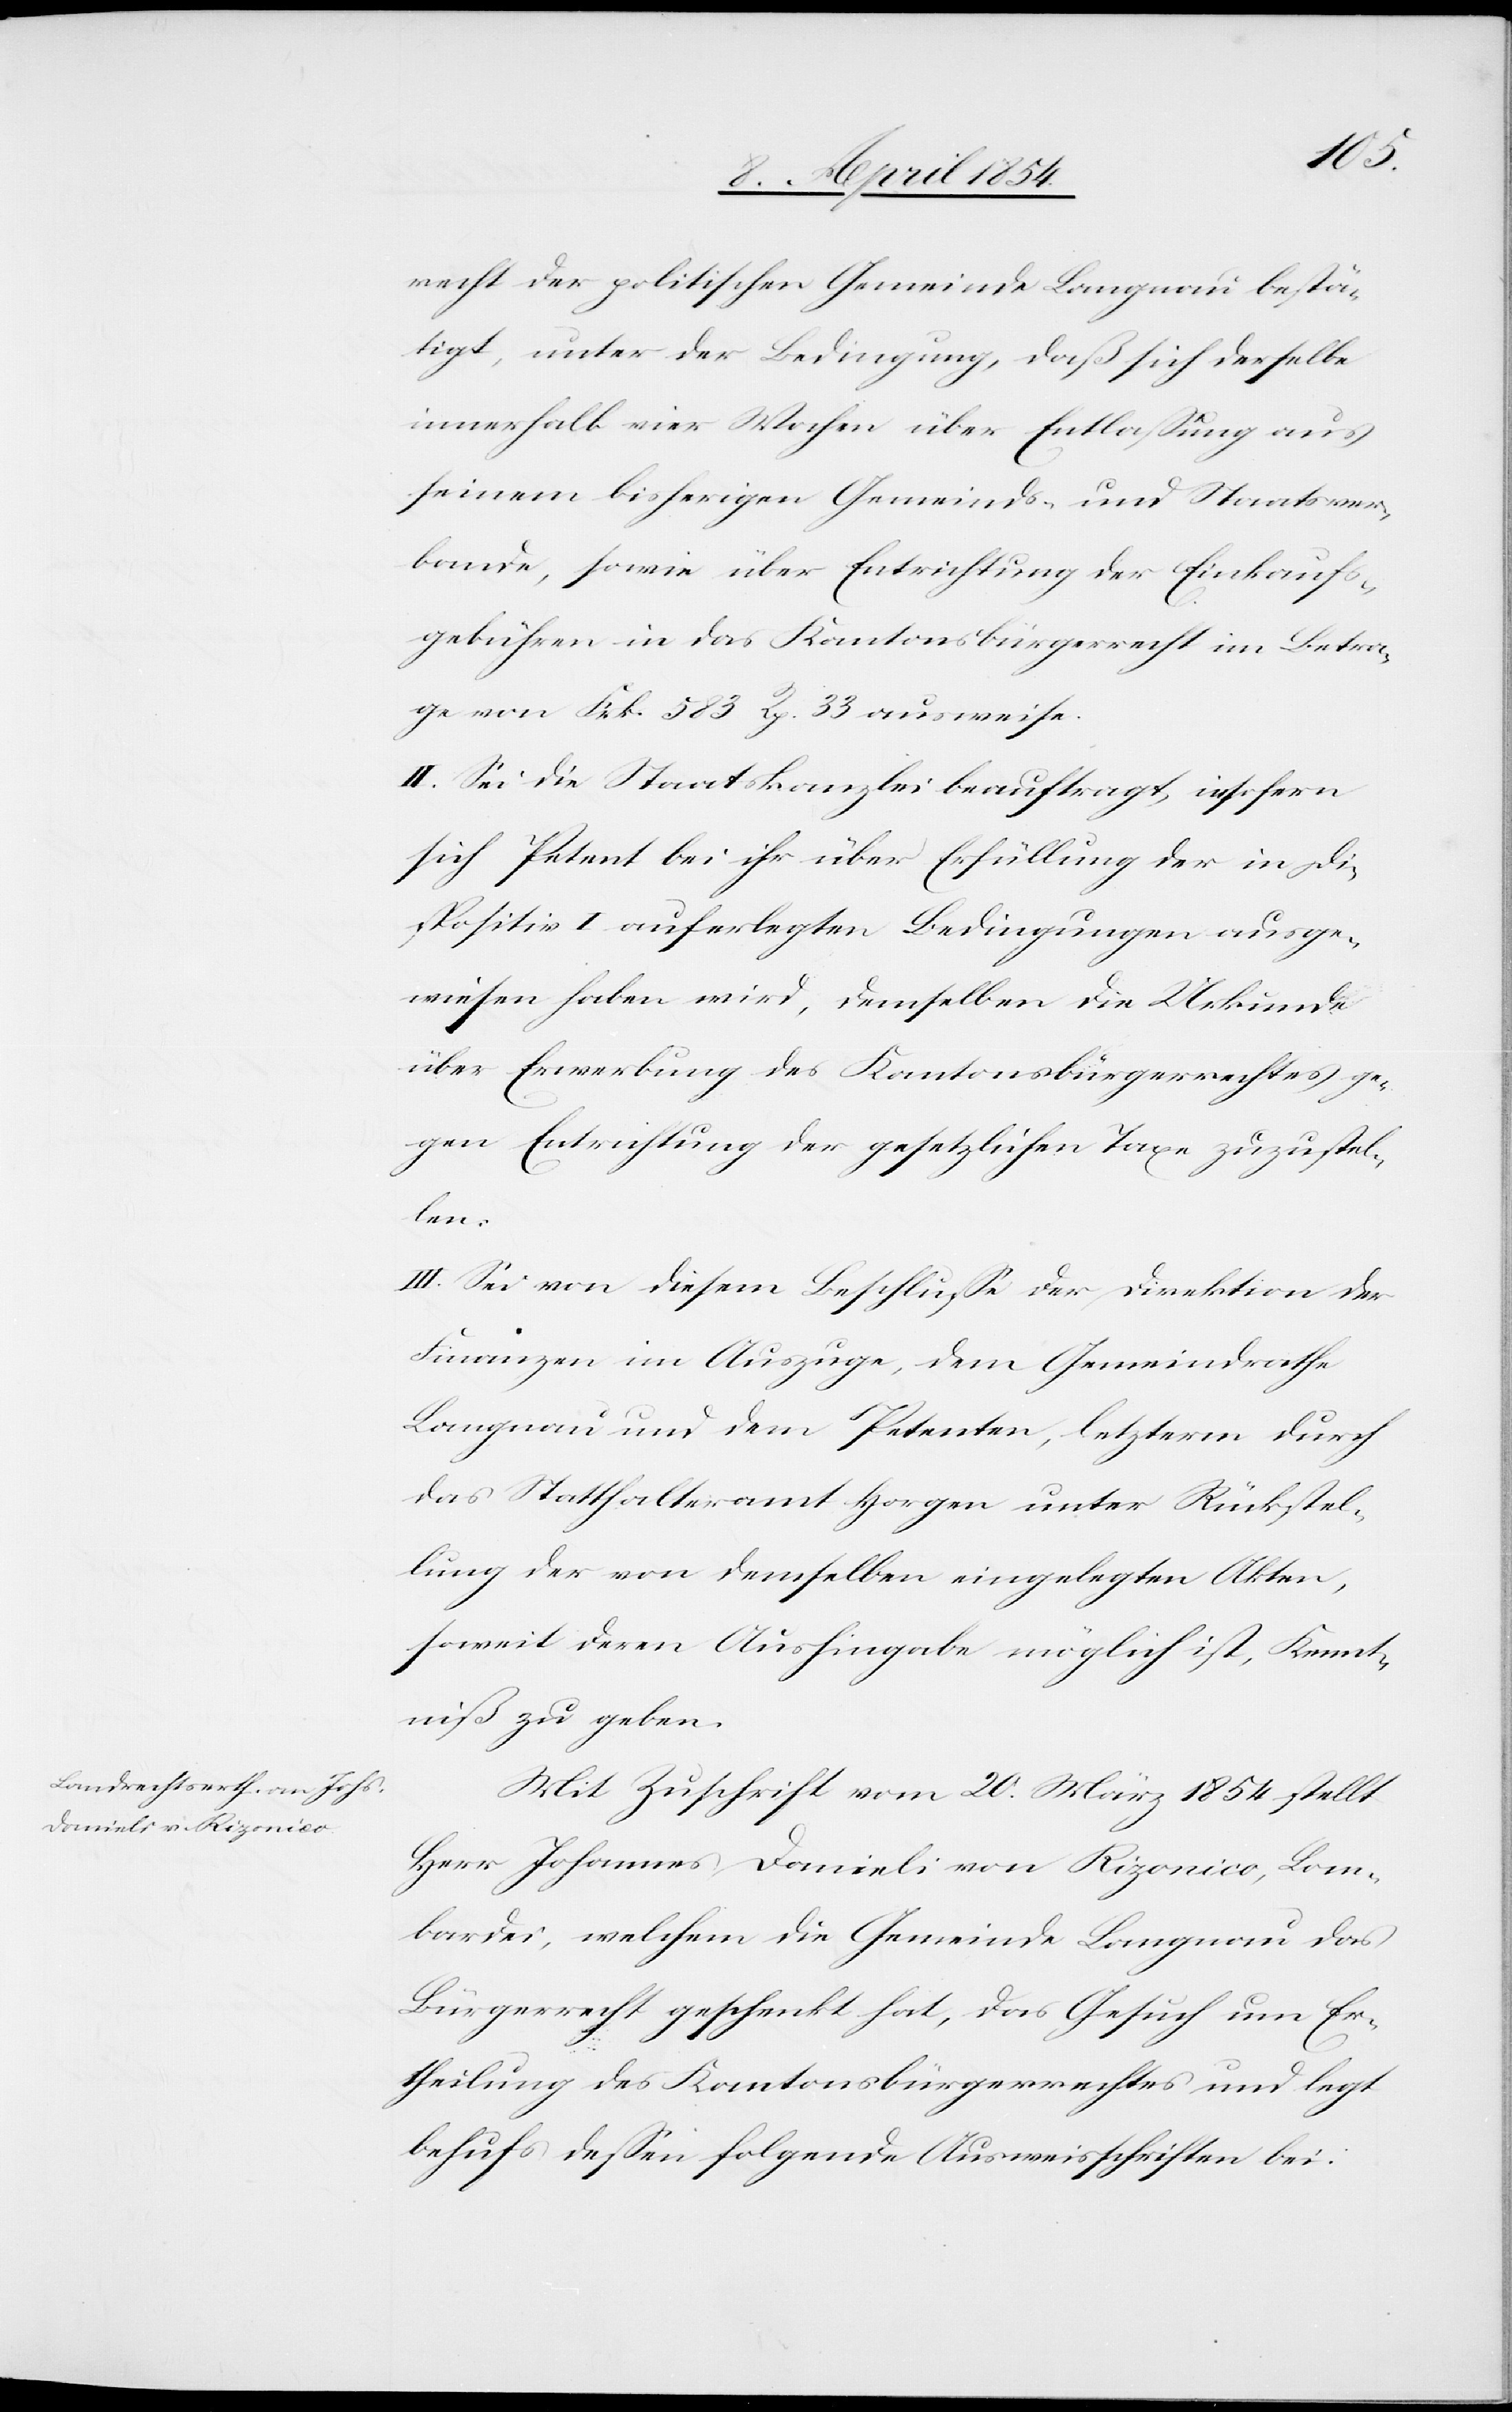
recht der politischen Gemeinde Langnau bestä¬
tigt, unter der Bedingung, daß sich derselbe
innerhalb vier Wochen über Entlaßung aus
seinem bisherigen Gemeinds- und Staatsver¬
bande, sowie über Entrichtung der Einkaufs¬
gebühren in das Kantonsbürgerrecht im Betra¬
ge von Frk. 583 Rp. 33 ausweise.
II. Sei die Staatskanzlei beauftragt, insofern
sich Petent bei ihr über Erfüllung der in Di¬
spositiv I auferlegten Bedingungen ausge¬
wiesen haben wird, demselben die Urkunde
über Erwerbung des Kantonsbürgerrechtes ge¬
gen Entrichtung der gesetzlichen Taxe zuzustel¬
bei.
III. Sei von diesem Beschluße der Direktion der
Finanzen im Auszuge, dem Gemeindrathe
Langnau und dem Petenten, letzterm durch
das Statthalteramt Horgen unter Rückstel¬
lung der von demselben eingelegten Akten,
soweit deren Aushingabe möglich ist, Kennt¬
niß zu geben.
Mit Zuschrift vom 20. März 1854 stellt
Herr Johannes Danieli von Rizonico, Lom¬
bardei, welchem die Gemeinde Langnau das
Bürgerrecht geschenkt hat, das Gesuch um Er¬
theilung des Kantonsbürgerrechtes und legt